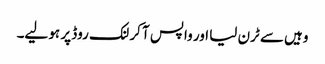
وہیں سے ٹرن لیا اور واپس آ کر لنک روڈ پر ہو لیے۔